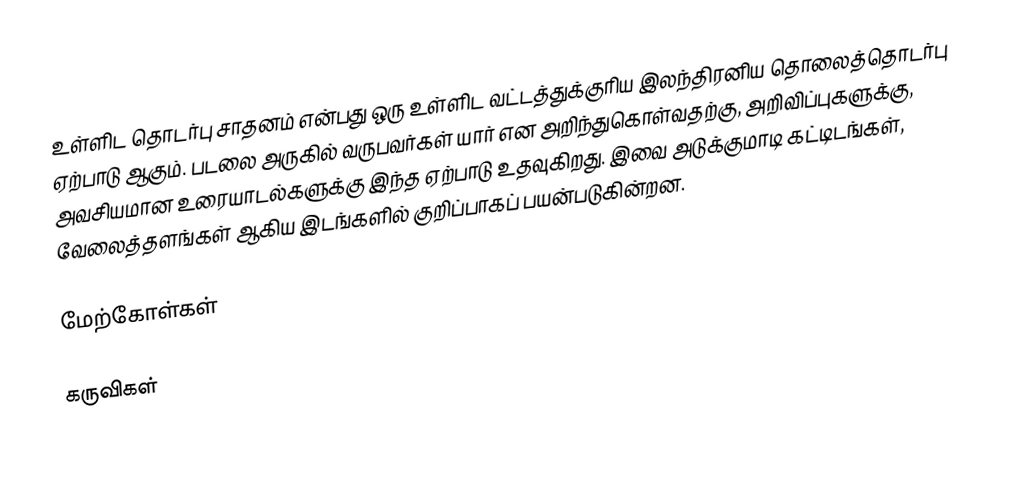
உள்ளிட தொடர்பு சாதனம் என்பது ஒரு உள்ளிட வட்டத்துக்குரிய இலந்திரனிய தொலைத்தொடர்பு ஏற்பாடு ஆகும். படலை அருகில் வருபவர்கள் யார் என அறிந்துகொள்வதற்கு, அறிவிப்புகளுக்கு, அவசியமான உரையாடல்களுக்கு இந்த ஏற்பாடு உதவுகிறது. இவை அடுக்குமாடி கட்டிடங்கள், வேலைத்தளங்கள் ஆகிய இடங்களில் குறிப்பாகப் பயன்படுகின்றன.

மேற்கோள்கள்

கருவிகள்